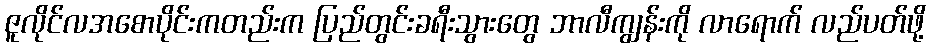
ဇူလိုင်လအစောပိုင်းကတည်းက ပြည်တွင်းခရီးသွားတွေ ဘာလီကျွန်းကို လာရောက် လည်ပတ်ဖို့